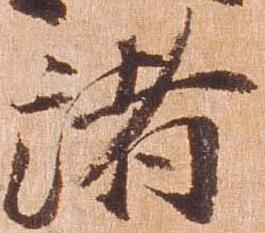
諸